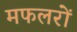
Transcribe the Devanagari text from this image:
मफलरों